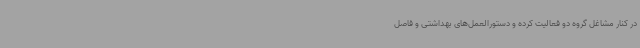
در کنار مشاغل گروه دو فعالیت کرده و دستورالعمل‌های بهداشتی و فاصل